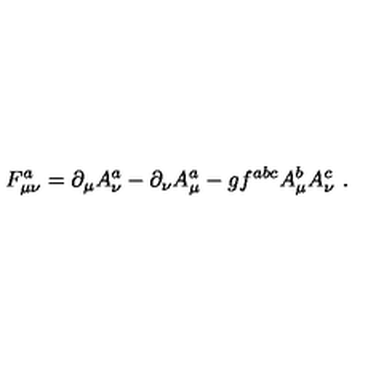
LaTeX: F _ { \mu \nu } ^ { a } = \partial _ { \mu } A _ { \nu } ^ { a } - \partial _ { \nu } A _ { \mu } ^ { a } - g f ^ { a b c } A _ { \mu } ^ { b } A _ { \nu } ^ { c } \ .